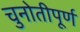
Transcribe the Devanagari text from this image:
चुनोतीपूर्ण